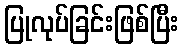
ပြုလုပ်ခြင်းဖြစ်ပြီး